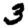
Digit: 3